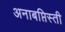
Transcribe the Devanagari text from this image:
अनाबप्तिस्ती